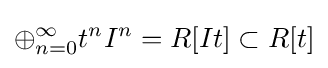
\oplus _{n=0}^{\infty }t^{n}I^{n}=R[It]\subset R[t]